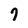
Character: 7